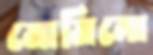
মোমিনো